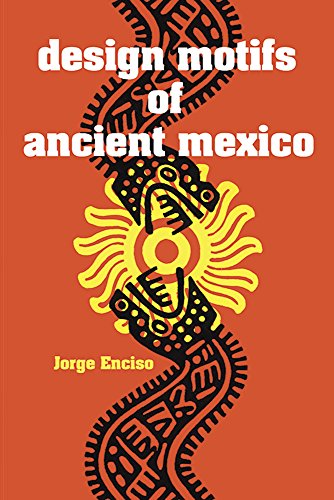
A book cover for Design Motifs of Ancient Mexico (Dover Pictorial Archive); Jorge Enciso; Arts & Photography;